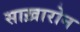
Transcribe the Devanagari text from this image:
साख़ारोन